Problem: 4 × 2 = ?
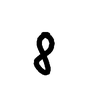
Handwritten answer: 8